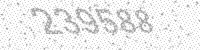
Solution: 239588